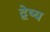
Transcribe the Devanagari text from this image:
द्वेष्य